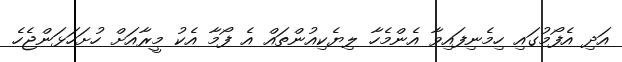
އަދި އެފޯމުގައި ހިމެނިފައިވާ އެންމެހާ ލިޔެކިއުންތައް އެ ފޯމާ އެކު މީރާއަށް ހުށަހަޅަންޖެހެ